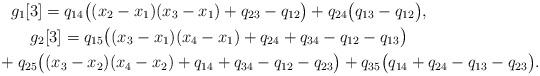
LaTeX: \begin{gather*}g_1[3]= q_{14} \big((x_2-x_1)(x_3-x_1)+q_{23}-q_{12} \big)+ q_{24}\big(q_{13}-q_{12} \big), \\g_2[3]= q_{15} \big((x_3-x_1)(x_4-x_1)+q_{24}+q_{34}-q_{12}-q_{13} \big)\\\hphantom{g_1[3]=}{} +q_{25} \big((x_3-x_2)(x_4-x_2) +q_{14}+q_{34}-q_{12}-q_{23} \big) +q_{35} \big(q_{14}+q_{24}-q_{13}-q_{23} \big).\end{gather*}